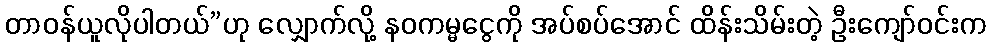
တာဝန်ယူလိုပါတယ်”ဟု လျှောက်လို့ နဝကမ္မငွေကို အပ်စပ်အောင် ထိန်းသိမ်းတဲ့ ဦးကျော်ဝင်းက